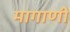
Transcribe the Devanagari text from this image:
मागाणी